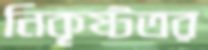
নিকৃষ্টতর